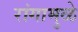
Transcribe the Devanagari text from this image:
रांगामुळे